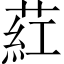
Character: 葒